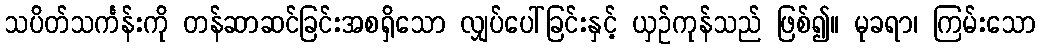
သပိတ်သင်္ကန်းကို တန်ဆာဆင်ခြင်းအစရှိသော လျှပ်ပေါ်ခြင်းနှင့် ယှဉ်ကုန်သည် ဖြစ်၍။ မုခရာ၊ ကြမ်းသော